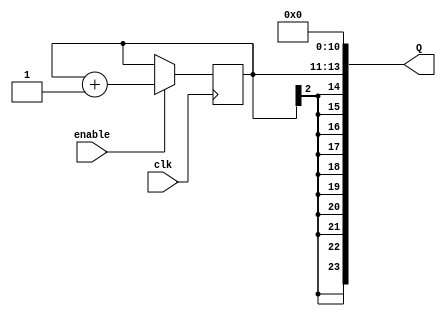
module noise_generator (clk, enable, Q);
	
	input clk, enable;
	output [23:0] Q;

	
	reg [2:0] count;

	always @(posedge clk)
	begin
		if (enable)
			count <= count + 1'b1;
	end		
	
	assign Q = {{10{count[2]}}, count, 11'd0};

endmodule